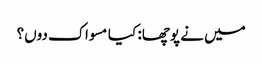
میں نے پوچھا: کیا مسواک دوں؟